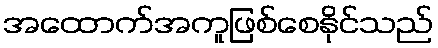
အထောက်အကူဖြစ်စေနိုင်သည်